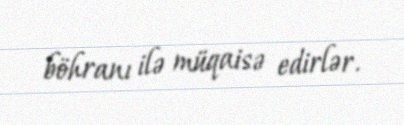
böhranı ilə müqaisə edirlər.